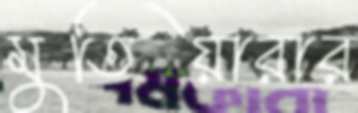
মুতিয়ারার